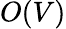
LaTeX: O(V)